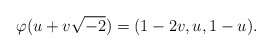
\begin{align*}\varphi(u + v\sqrt{-2}) = (1 - 2v, u, 1-u).\end{align*}